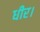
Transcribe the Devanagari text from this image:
धीर।